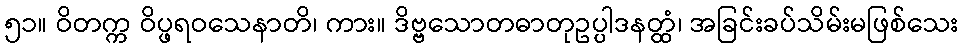
၅၁။ ဝိတက္က ဝိပ္ဖရဝသေနာတိ၊ ကား။ ဒိဗ္ဗသောတဓာတုဥပ္ပါဒနတ္ထံ၊ အခြင်းခပ်သိမ်းမဖြစ်သေး